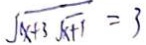
\sqrt { x + 3 \sqrt { x + 1 } } = 3